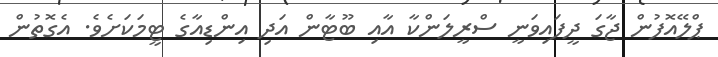
ޕްލޭއޮފުން ޖާގަ ދީފައިވަނީ ސްރީލަންކާ އާއި ބޫޓާން އަދި އިންޑިއާގެ ޓީމަކަށެވެ. އެގޮތުން